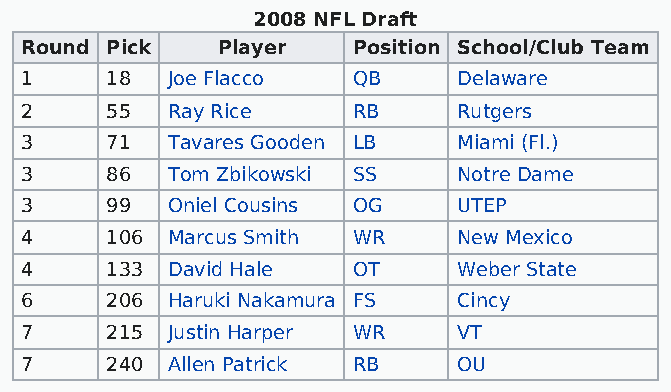
2008 NFL Draft
 Round Pick   Player   Position School/Club Team
 1     18  Joe Flacco  QB     Delaware
 2     55  Ray Rice    RB     Rutgers
 3     71  Tavares Gooden LB  Miami (Fl.)
 3     86  Tom Zbikowski SS   Notre Dame
 3     99  Oniel Cousins OG   UTEP
 4     106 Marcus Smith WR    New Mexico
 4     133 David Hale  OT     Weber State
 6     206 Haruki Nakamura FS Cincy
 7     215 Justin Harper WR   VT
 7     240 Allen Patrick RB   OU